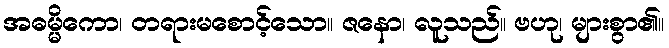
အဓမ္မိကော၊ တရားမစောင့်သော။ ဇနော၊ လူသည်။ ဗဟု၊ များစွာ၏။